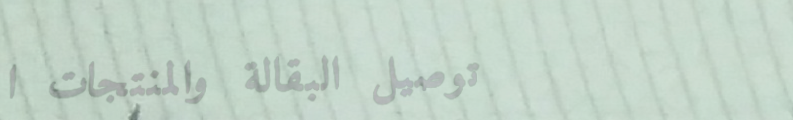
توصيل البقالة والمنتجات ا